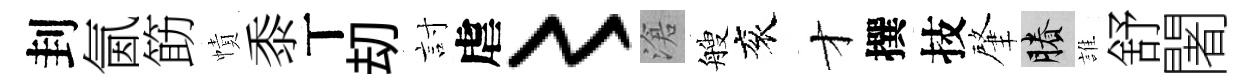
刲氤筯幘黍丅刧討虐〻滄艘衮才撰技肇賸誰舒闍